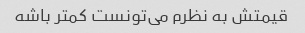
قیمتش به نظرم می‌تونست کمتر باشه